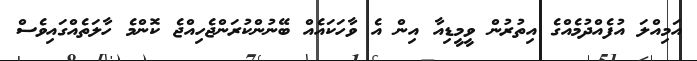
އަމިއްލަ އުފެއްދުމެއްގެ އިތުރުން ވީމީޑިއާ އިން އެ ވާހަކައެއް ބޭނުންކުރަންޖެހިއްޖެ ކޮންމެ ހާލަތެއްގައިވެސް